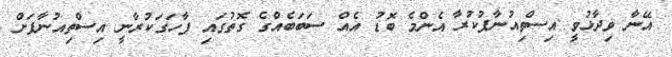
އޭނާ ވިދާޅުވީ އިސްތިއުނާފުކުރާ އެންމެ ބޮޑު އެއް ސަބަބެއްގެ ގޮތުގައި ފާހަގަކުރާނީ އިސްތިއުނާފަށް